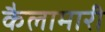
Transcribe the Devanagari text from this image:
कैलामारी